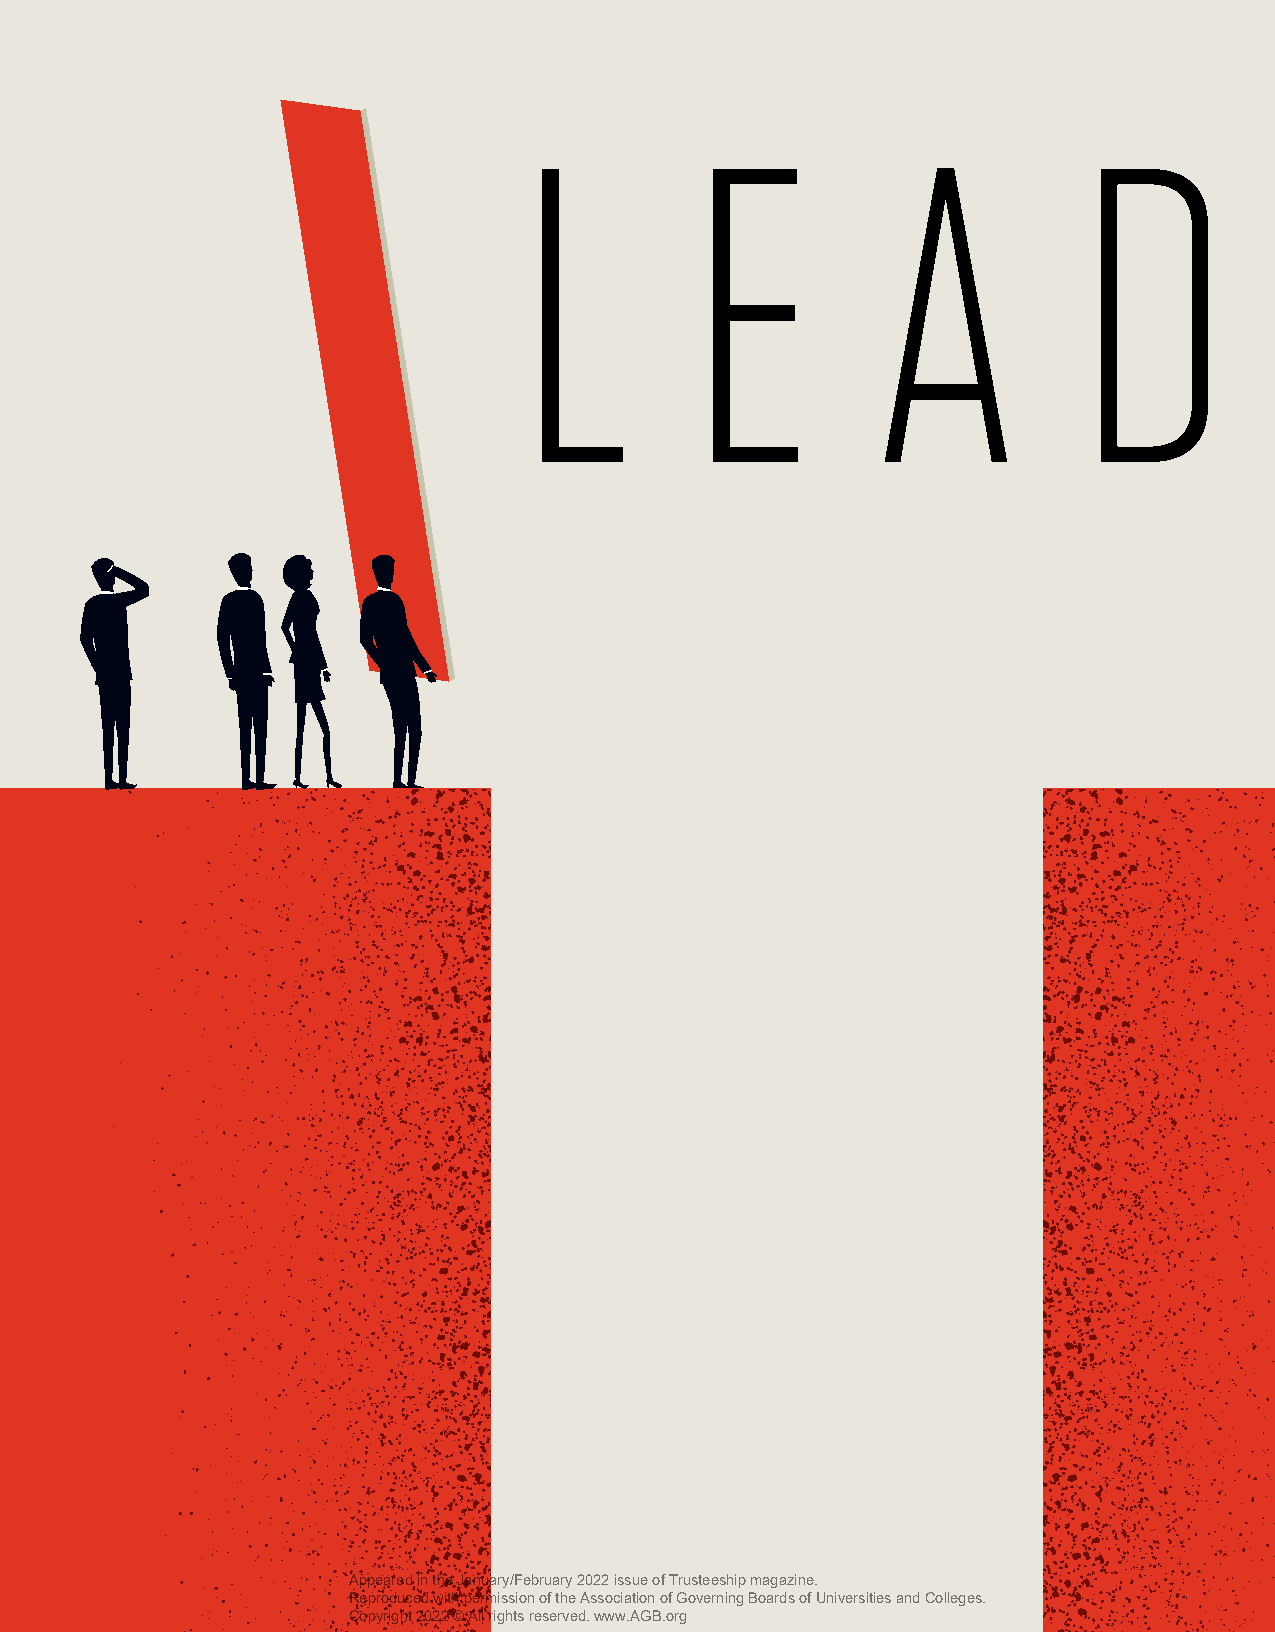
L           E           A            D               E           R            S             H          I          P
 Appeared in the January/February 2022 issue of Trusteeship magazine.
 Reproduced with permission of the Association of Governing Boards of Universities and Colleges.
 Copyright 2022 © All rights reserved. www.AGB.org